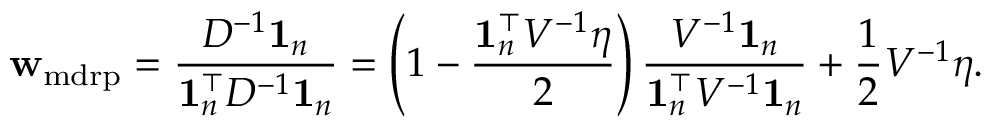
{ \bf w } _ { \mathrm { m d r p } } = \frac { D ^ { - 1 } { \bf 1 } _ { n } } { { \bf 1 } _ { n } ^ { \top } D ^ { - 1 } { \bf 1 } _ { n } } = \left( 1 - \frac { { \bf 1 } _ { n } ^ { \top } V ^ { - 1 } \eta } { 2 } \right) \frac { V ^ { - 1 } { \bf 1 } _ { n } } { { \bf 1 } _ { n } ^ { \top } V ^ { - 1 } { \bf 1 } _ { n } } + \frac 1 2 V ^ { - 1 } \eta .